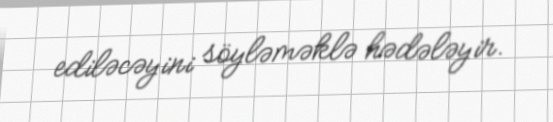
ediləcəyini söyləməklə hədələyir.